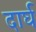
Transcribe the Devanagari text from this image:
दार्घ